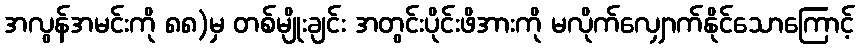
အလွန်အမင်းကို ၈၈)မှ တစ်မျိုးချင်း အတွင်းပိုင်းဖိအားကို မလိုက်လျှောက်နိုင်သောကြောင့်